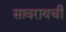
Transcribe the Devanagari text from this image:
सावरायची